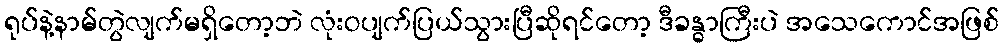
ရုပ်နဲ့နာမ်တွဲလျက်မရှိတော့ဘဲ လုံးဝပျက်ပြယ်သွားပြီဆိုရင်တော့ ဒီခန္ဓာကြီးပဲ အသေကောင်အဖြစ်